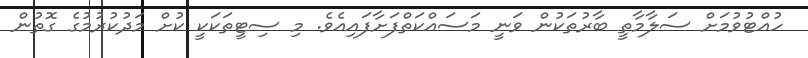
ހުއްޓުވުމަށް ސަލާމާތީ ބާރުތަކުން ވަނީ މަސައްކަތްފަށާފައިއެވެ. މި ސިޓީތަކަކީ ކުށް މަދުކުރުމުގެ ގޮތުން